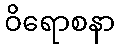
ဝိရောစနာ